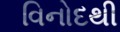
વિનોદથી